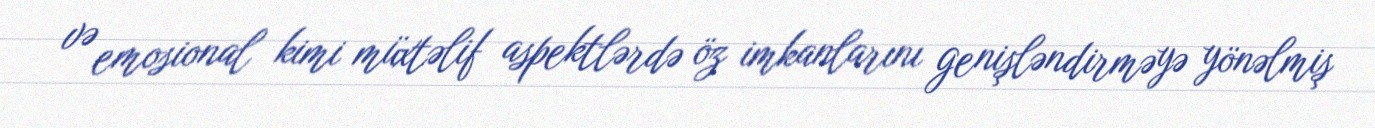
və emosional kimi müxtəlif aspektlərdə öz imkanlarını genişləndirməyə yönəlmiş